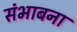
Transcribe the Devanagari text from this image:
संभाबना